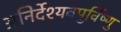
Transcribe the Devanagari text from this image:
अनिर्देश्यवपुर्विष्णु